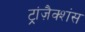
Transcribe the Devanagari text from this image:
ट्रांज़ैक्शंस